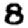
Digit: 8